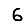
Digit: 6